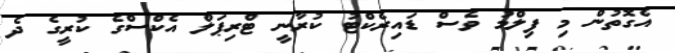
އެގޮތުން މި ފިލްމު ވެސް ޑައިރެކްޓު ކުރާނީ ޓްރިޕަލް އެކްސްގެ ކުރީގެ ދެ